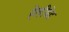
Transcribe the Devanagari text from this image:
हेलीपेड